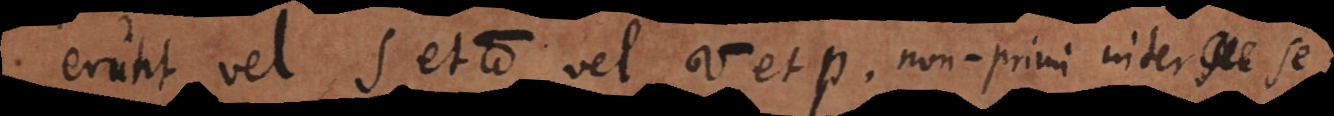
erunt vel s et π vel σ et p non‐primi inter se;